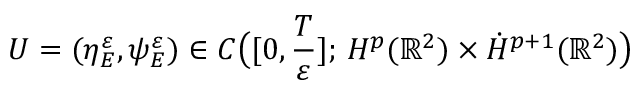
U = ( \eta _ { E } ^ { \varepsilon } , \psi _ { E } ^ { \varepsilon } ) \in C \big ( [ 0 , \frac { T } { \varepsilon } ] ; \, H ^ { p } ( \mathbb { R } ^ { 2 } ) \times \dot { H } ^ { p + 1 } ( \mathbb { R } ^ { 2 } ) \big )